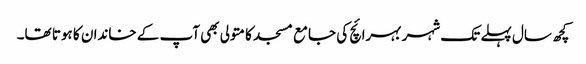
کچھ سال پہلے تک شہر بہرائچ کی جامع مسجد کا متولی بھی آپ کے خاندان کا ہوتا تھا۔